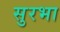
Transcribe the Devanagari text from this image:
सुरभा